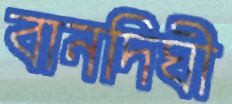
বানদিঘী